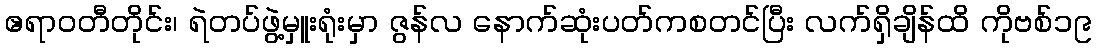
ဧရာဝတီတိုင်း၊ ရဲတပ်ဖွဲ့မှူးရုံးမှာ ဇွန်လ နောက်ဆုံးပတ်ကစတင်ပြီး လက်ရှိချိန်ထိ ကိုဗစ်၁၉